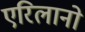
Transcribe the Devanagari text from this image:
एरिलानो